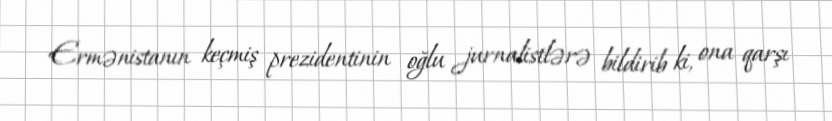
Ermənistanın keçmiş prezidentinin oğlu jurnalistlərə bildirib ki, ona qarşı